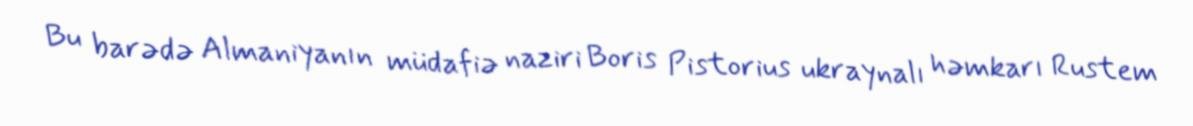
Bu barədə Almaniyanın müdafiə naziri Boris Pistorius ukraynalı həmkarı Rustem